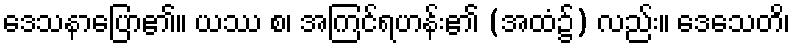
ဒေသနာပြော၏။ ယဿ စ၊ အကြင်ရဟန်း၏ (အထံ၌) လည်း။ ဒေသေတိ၊